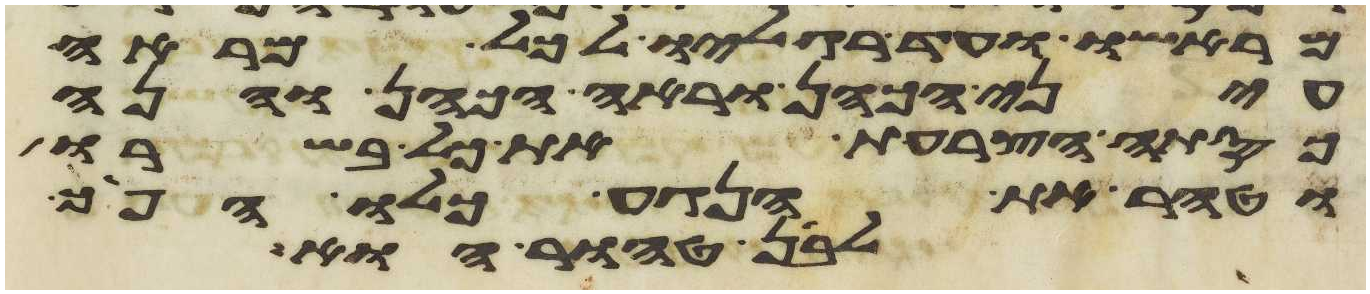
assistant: מראשו עד רגליו לכל מראה
עיני הכהן וראה הכהן והנה
כסתה הצרעת את כל בשרו
וטהר את הנגע כלו הפך
לבן טהור הוא